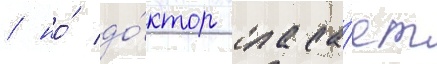
/ но́ до́ктор спаса́ет